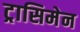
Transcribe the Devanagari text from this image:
ट्रासिमेन